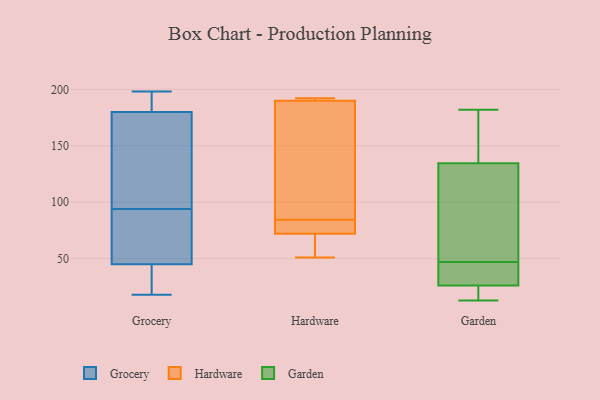
{"axis": {"x": "Headcount", "y": "Value"}, "legend": ["Garden", "Grocery", "Hardware"], "data": [{"x": "", "y": 48, "type": "Grocery"}, {"x": "", "y": 99, "type": "Grocery"}, {"x": "", "y": 198, "type": "Grocery"}, {"x": "", "y": 189, "type": "Grocery"}, {"x": "", "y": 52, "type": "Grocery"}, {"x": "", "y": 73, "type": "Grocery"}, {"x": "", "y": 150, "type": "Grocery"}, {"x": "", "y": 33, "type": "Grocery"}, {"x": "", "y": 18, "type": "Grocery"}, {"x": "", "y": 24, "type": "Grocery"}, {"x": "", "y": 89, "type": "Grocery"}, {"x": "", "y": 196, "type": "Grocery"}, {"x": "", "y": 198, "type": "Grocery"}, {"x": "", "y": 42, "type": "Grocery"}, {"x": "", "y": 74, "type": "Grocery"}, {"x": "", "y": 107, "type": "Grocery"}, {"x": "", "y": 155, "type": "Grocery"}, {"x": "", "y": 25, "type": "Grocery"}, {"x": "", "y": 183, "type": "Grocery"}, {"x": "", "y": 177, "type": "Grocery"}, {"x": "", "y": 64, "type": "Hardware"}, {"x": "", "y": 192, "type": "Hardware"}, {"x": "", "y": 51, "type": "Hardware"}, {"x": "", "y": 84, "type": "Hardware"}, {"x": "", "y": 191, "type": "Hardware"}, {"x": "", "y": 190, "type": "Hardware"}, {"x": "", "y": 85, "type": "Hardware"}, {"x": "", "y": 74, "type": "Hardware"}, {"x": "", "y": 72, "type": "Hardware"}, {"x": "", "y": 123, "type": "Hardware"}, {"x": "", "y": 23, "type": "Garden"}, {"x": "", "y": 47, "type": "Garden"}, {"x": "", "y": 13, "type": "Garden"}, {"x": "", "y": 100, "type": "Garden"}, {"x": "", "y": 36, "type": "Garden"}, {"x": "", "y": 182, "type": "Garden"}, {"x": "", "y": 68, "type": "Garden"}, {"x": "", "y": 178, "type": "Garden"}, {"x": "", "y": 38, "type": "Garden"}, {"x": "", "y": 146, "type": "Garden"}, {"x": "", "y": 15, "type": "Garden"}]}